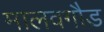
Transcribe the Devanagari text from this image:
मालवगौड